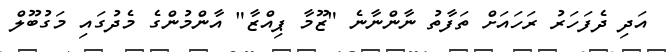
އަދި ދެފަހަރު ރަހައަށް ތަފާތު ނާންނާނެ "ޒޫމާ ޕިއްޒާ" އާންމުންގެ މެދުގައި މަގުބޫލް